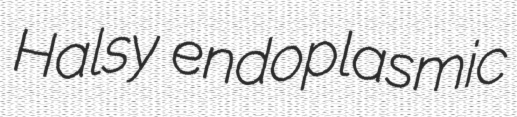
Halsy endoplasmic